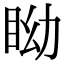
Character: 眑